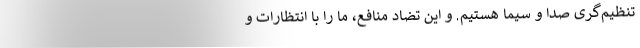
تنظیم‌گری صدا و سیما هستیم. و ‌این تضاد منافع، ما را با انتظارات و